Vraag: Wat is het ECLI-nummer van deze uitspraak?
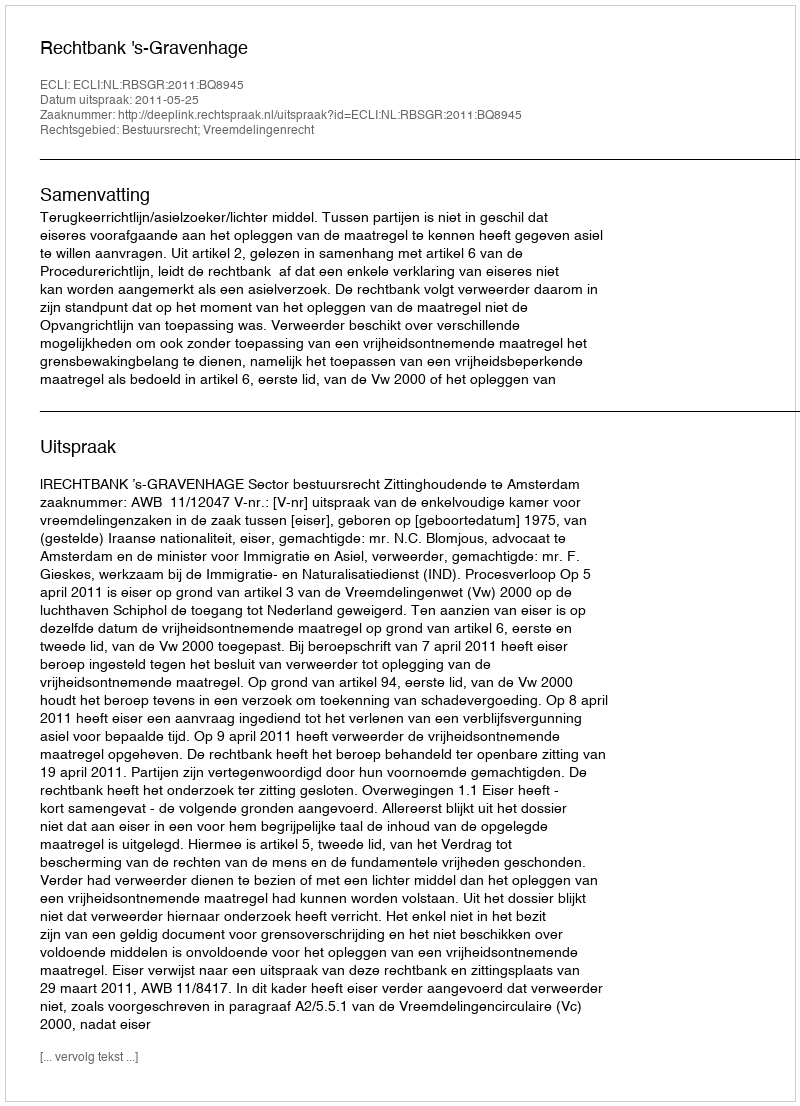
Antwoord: ECLI:NL:RBSGR:2011:BQ8945